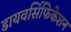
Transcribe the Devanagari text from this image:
डायवर्सिफिकेशन